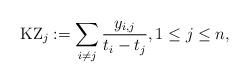
LaTeX: \begin{gather*}{\rm KZ}_{j}:=\sum_{i \not= j}{y_{i,j} \over t{_i}-t{_j}}, 1 \le j \le n,\end{gather*}